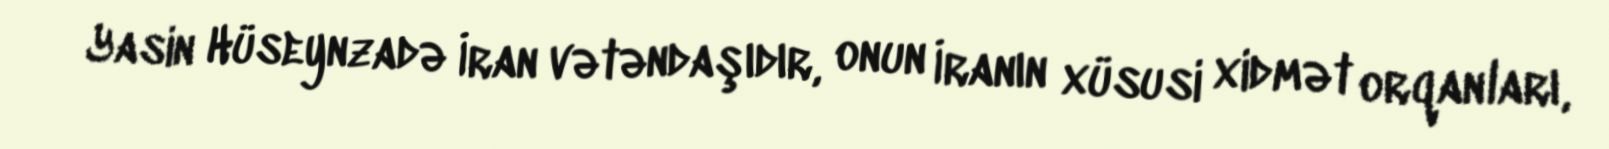
Yasin Hüseynzadə İran vətəndaşıdır, onun İranın xüsusi xidmət orqanları,